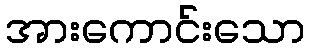
အားကောင်းသော